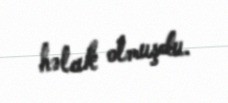
həlak olmuşdu.